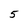
Character: 5